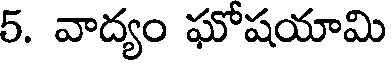
5. వాద్యం ఘోషయామి